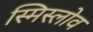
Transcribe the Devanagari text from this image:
स्मिस्लोव